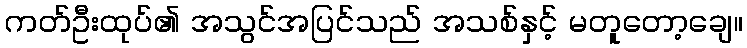
ကတ်ဦးထုပ်၏ အသွင်အပြင်သည် အသစ်နှင့် မတူတော့ချေ။